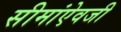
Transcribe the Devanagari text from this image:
सीमांऐवजी